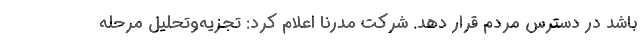
باشد در دسترس مردم قرار دهد. شرکت مدرنا اعلام کرد: تجزیه‌وتحلیل مرحله